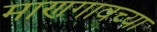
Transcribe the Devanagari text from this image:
माणगावच्या